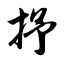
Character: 抒